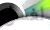
لغسل